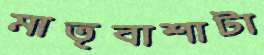
মাতৃবাশাটা